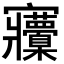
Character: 𡬒